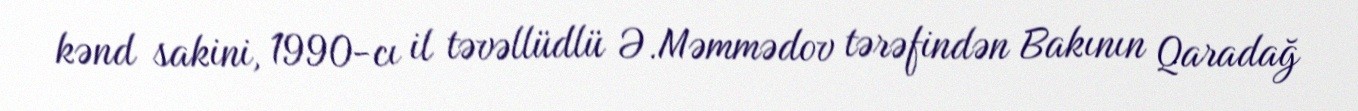
kənd sakini, 1990-cı il təvəllüdlü Ə.Məmmədov tərəfindən Bakının Qaradağ